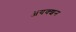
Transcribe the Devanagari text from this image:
ॲयक्शन